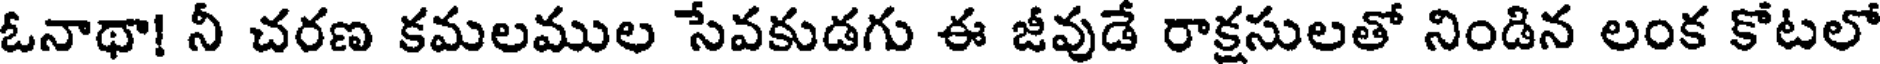
ఓనాథా! నీ చరణ కమలముల సేవకుడగు ఈ జీవుడే రాక్షసులతో నిండిన లంక కోటలో